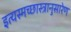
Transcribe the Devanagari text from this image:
इत्यस्मच्छास्त्रानुसारेण